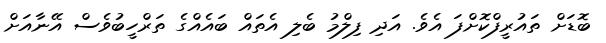
ބޮޑަށް ތައުރީފްކޮށްފަ އެވެ. އަދި ފިލްމު ބެލި އެތައް ބައެއްގެ ތަރްހީބުވެސް އޭނާއަށް